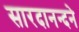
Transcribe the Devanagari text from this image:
सारदानन्दने